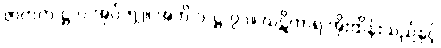
ဇာတက-ဋ္ဌ-ပ-အုပ်-၅၂။ အဘိ-၁-ဋ္ဌ-၇၁။ ဃဋိကာရ အိုးထိန်းသည်နှင့်